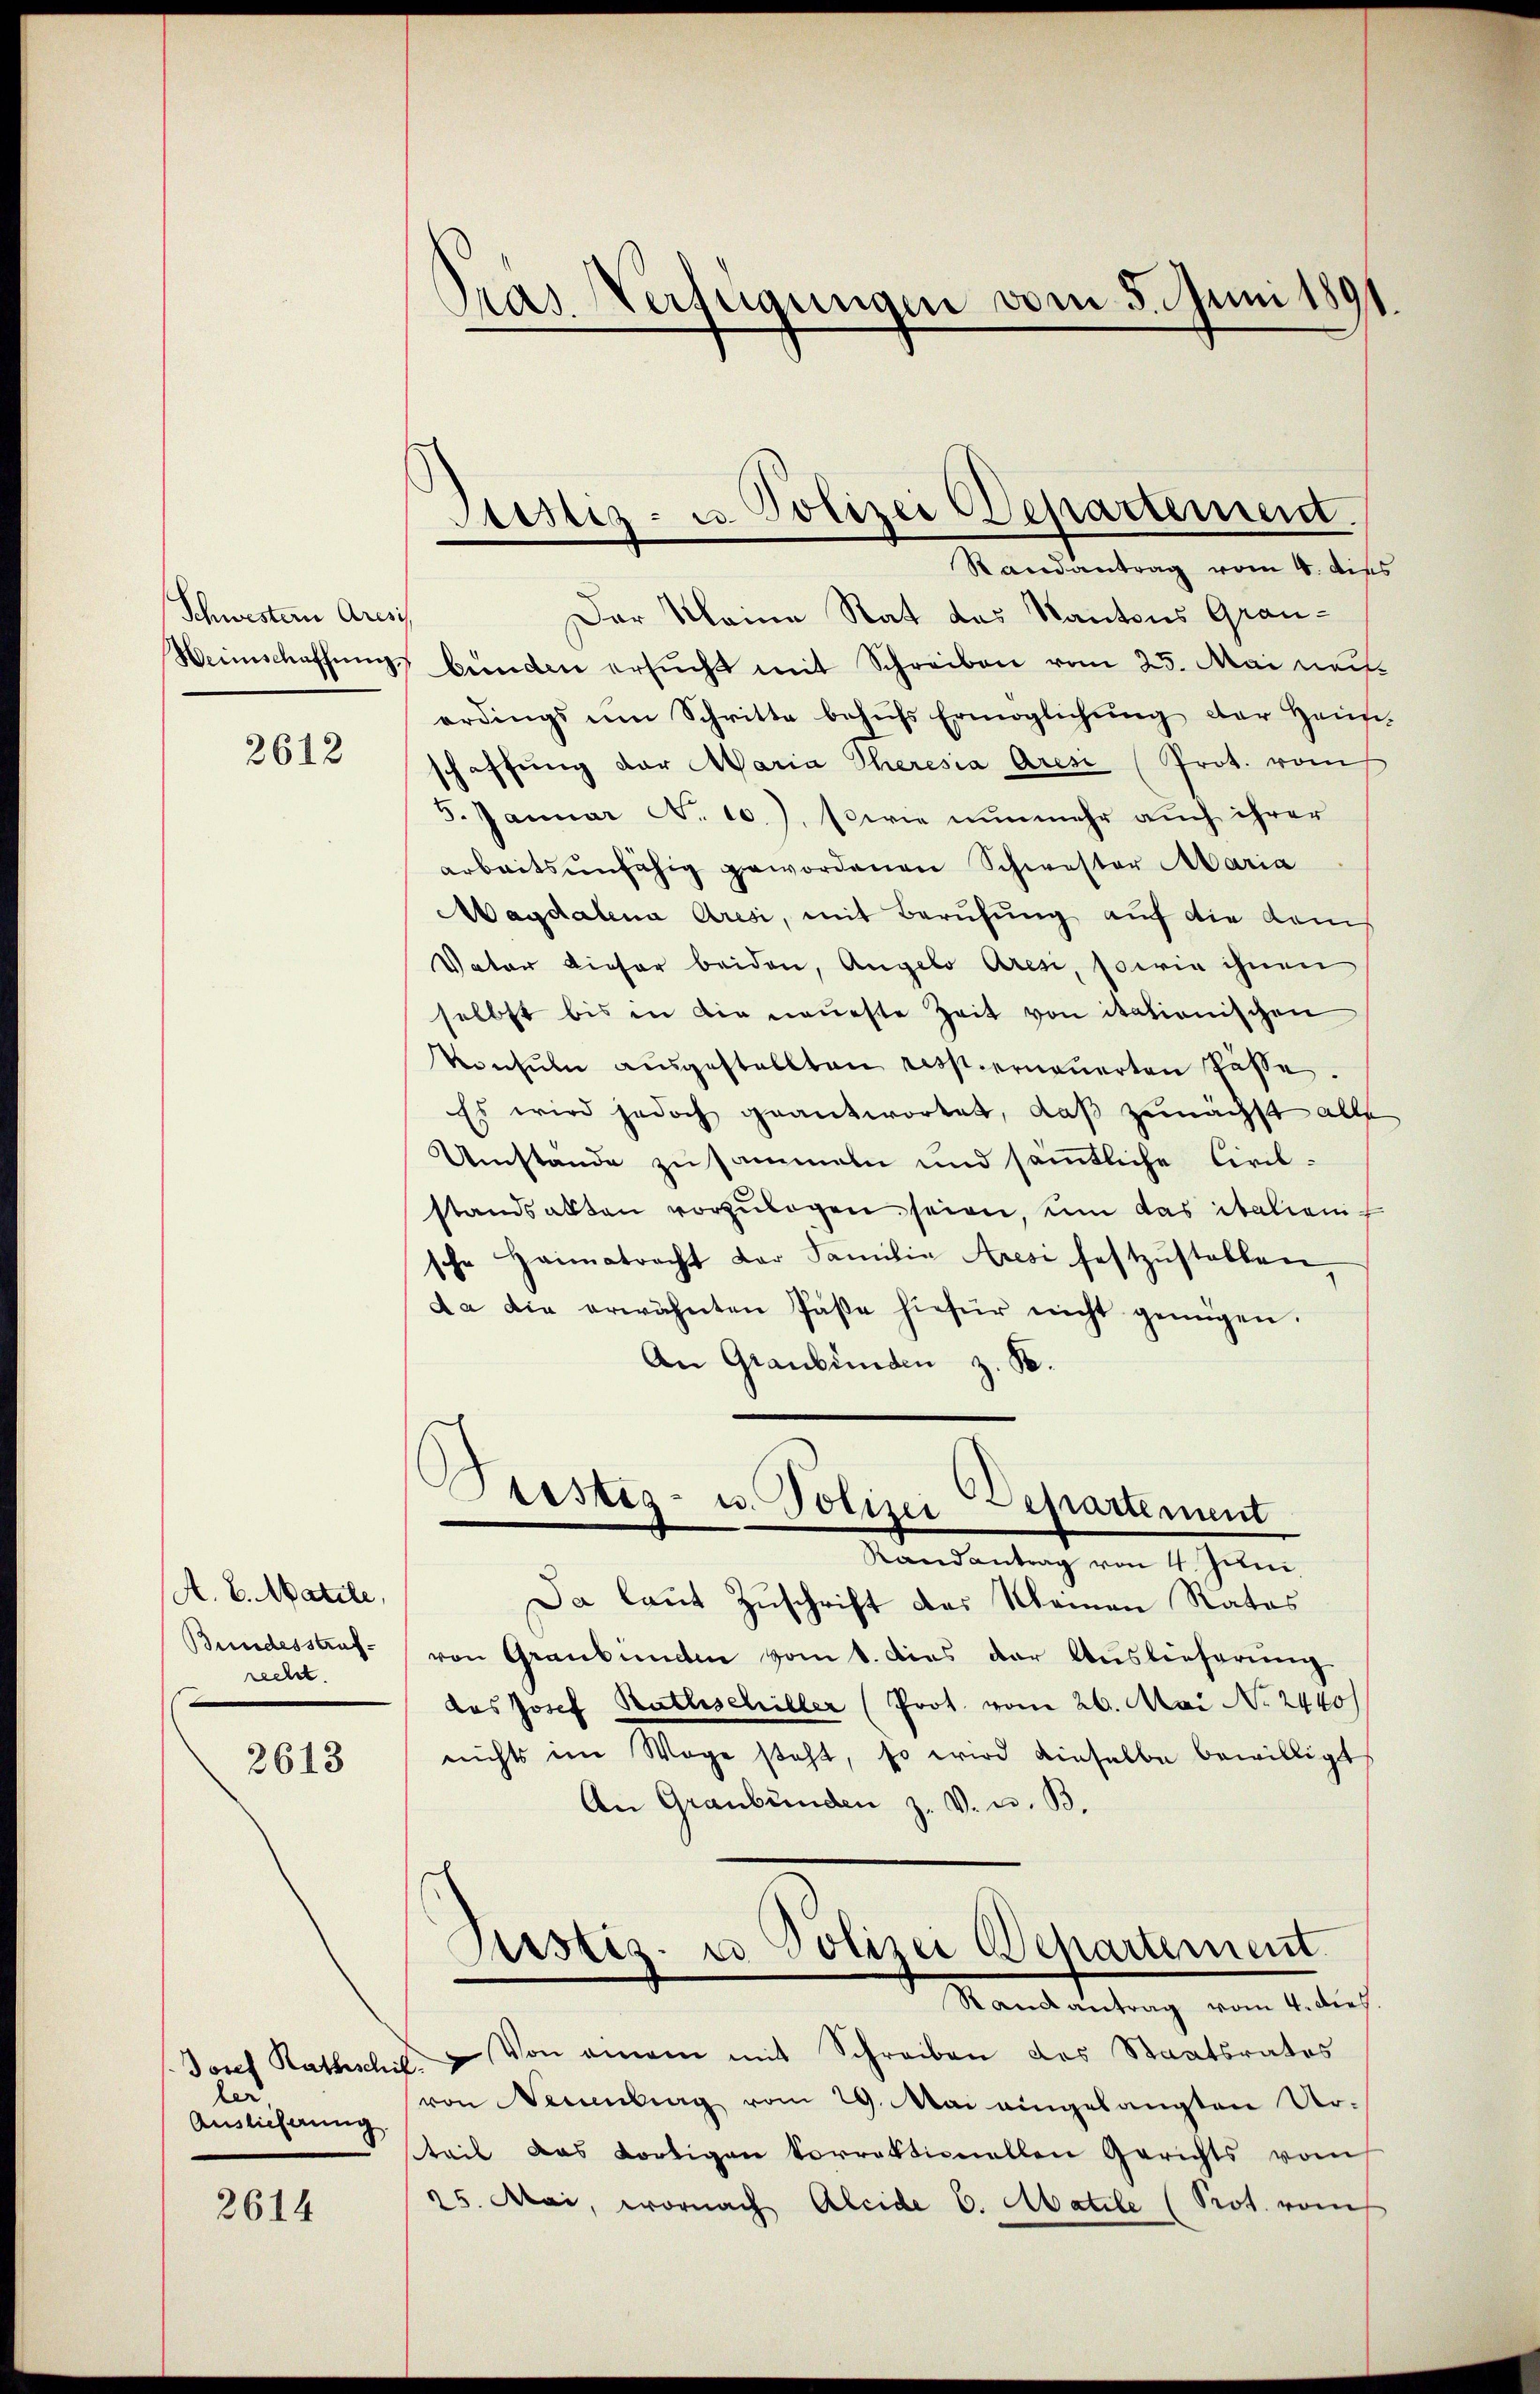
Schwestern Aresis

2612

(A. E. Matile,
Bundesstrafrecht.
2613

Josef Rathschit
ler.
Auslicherung.

2614

pras Verfügungen vom 5. Juni 1891

Justiz- u. Polizei Departement.

Randantrag vom 4. dies
Der Meine Rat das Kantons Grau¬
Heimschaffung bünden ersŭcht mit Schreiben vom 25. Mai neu
erdings um Schritte behŭfs Ermöglichung der Haus-
schaffŭng der Maria Theresia Aresi (Prot. vom
5. Januar N. 10.), sowie nunmehr auch ihrer
arbeitsunfähig gewordenen Schwester Maria
Magdalena Aresi, mit Berufung auf die Komis
Vater dieser beiden, Angelo Aresi, sowie ihnen
selbst bis in die neueste Zeit von itationischen
Konsŭln aŭsgestellten resp. erneŭerten Pässe.
Es wird jedoch geantwortet, daß zunächst alle
Umstände zusammeln und sämtliche Civil-
standsakten vorzŭlegen seien, um das italienische Heimatracht der Familia Aresi festzŭstellen,
da die erwähnten Päße hiefür nicht genügen.
An Graubünden z. B.
Justiz- u. Polizei
Departement
Randantrag von 4. Juni
Da laut Zuschrift des Namen Rates
von Graubünden vom 1. dies der Auslieferung
das Josef Rathschiller (Prot. vom 26. Mai No 2440/
nichts im Wege steht, so wird dieselbe bewilligt
An Graubünden z. V. u. B.
Justiz- u Polizei Departement.
Randantrag vom 4. dies.
Von einem mit Schreiben des Staatsrates
.
von Neuenburg vom 29. Mai eingelangten Ur-
teil das Fortigen torrektionellen Gerichts vom
25. Mai, wornach Aleide 6. Matile (Prot. vom